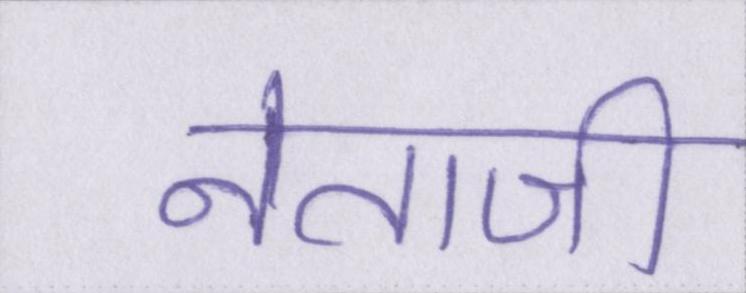
नेताजी